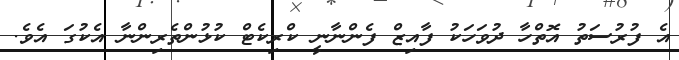
އެ ފުރުސަތު އޮތްހާ ދުވަހަކު ފާއިޒް ފެންނާނީ ކްރިކެޓް ކުޅުންތެރިންނާ އެކުގަ އެވެ.